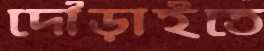
দৌড়াইতে